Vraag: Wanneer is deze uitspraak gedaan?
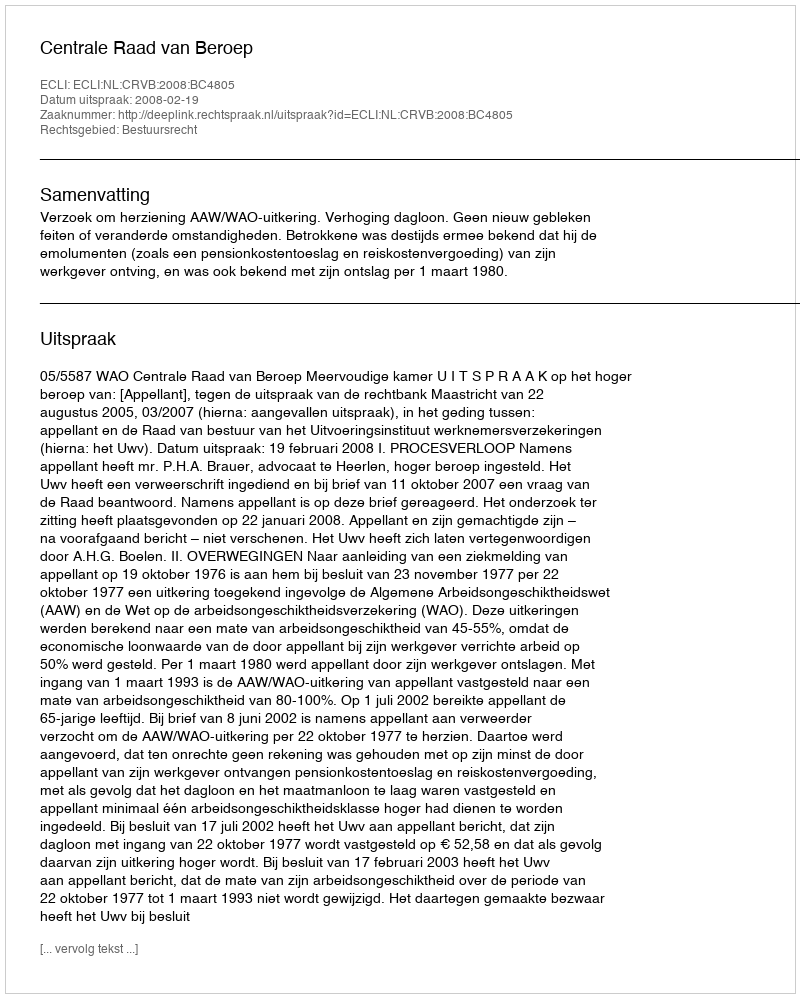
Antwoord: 2008-02-19